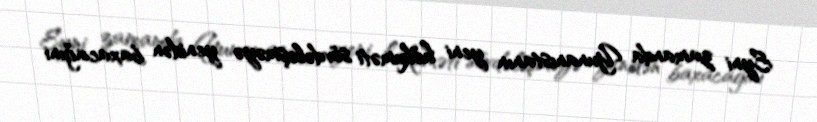
Eyni zamanda Yunanıstanın yeni hökuməti sövdələşməyə yenidən baxacağını